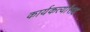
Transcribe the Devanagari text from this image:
कार्यकर्त्यांसह